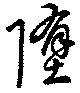
堕